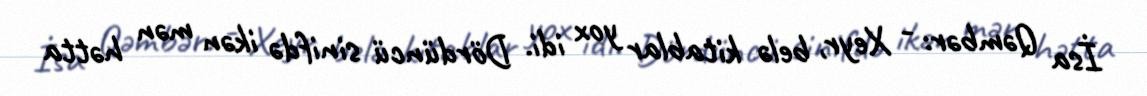
İsa Qəmbər: - Xeyr, belə kitablar yox idi. Dördüncü sinifdə ikən mən hətta